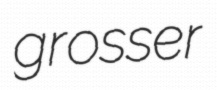
grosser